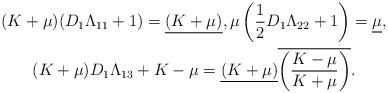
LaTeX: \begin{gather*} (K + \mu) (D_1 \Lambda_{11} + 1) = \underline{(K + \mu)}, \mu \left( \frac{1}{2} D_1 \Lambda_{22} + 1 \right) = \underline{\mu}, \\ (K + \mu) D_1 \Lambda_{13} + K - \mu = \underline{(K + \mu)} \overline{\left(\frac{K - \mu}{K + \mu} \right) }. \end{gather*}